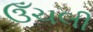
ઉઁચલી